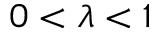
0 < \lambda < 1